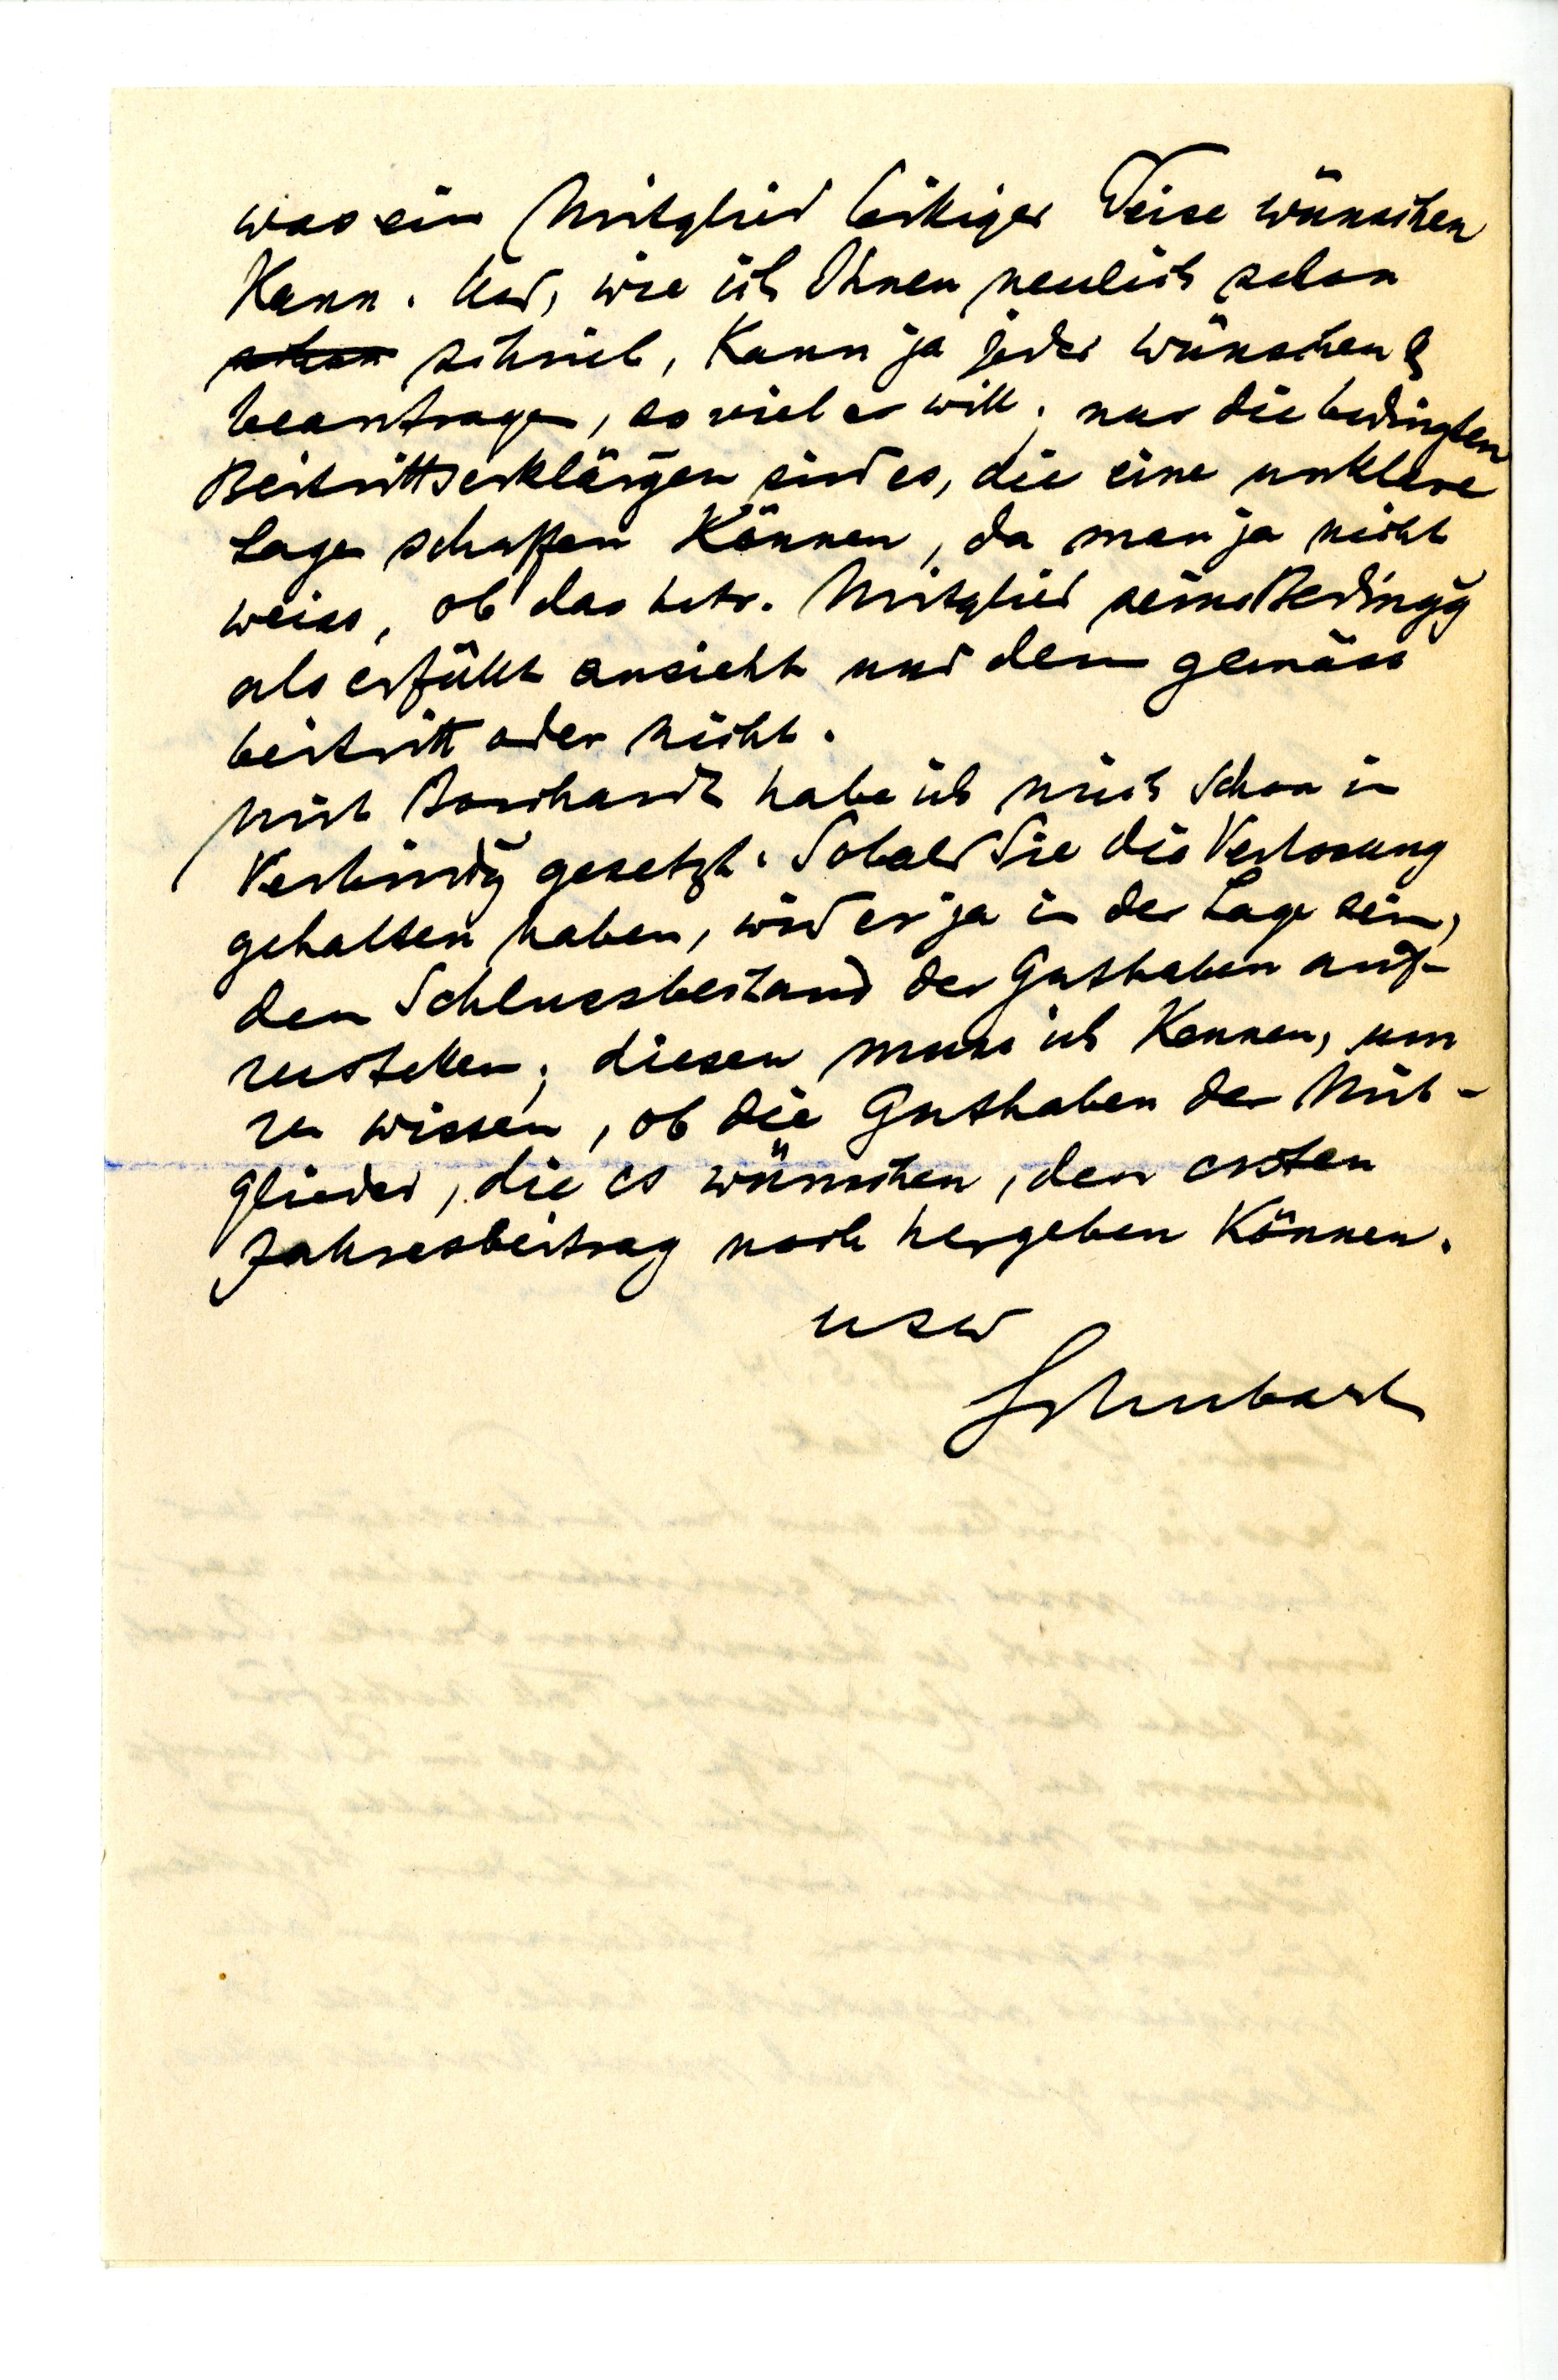
was ein Mitglied billiger Weise wünschen
kann. Und, wie ich Ihnen neulich schon
schrieb, kann ja jeder wünschen &
beantragen, so viel er will; nur die bedingten
Beitrittserklärungen sind es, die eine unklare
Lage schaffen können, da man ja nicht
weiss, ob das betr. Mitglied seine Bedingg
als erfüllt ansieht und dem gemäss
beitritt oder nicht.
Mit Borchardt habe ich mich schon in
Verbindg gesetzt. Sobald Sie die Verlosung
gehalten haben, wird er ja in der Lage sein,
den Schlussbestand der Gutenhaben auf¬
zustellen; diesen muss ich kennen, um
zu wissen, ob die Guthaben der Mit¬
glieder, die es wünschen, den ersten
Jahresbeitrag noch gergeben können.
usw.
Schubart